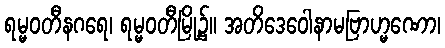
ရမ္မဝတီနဂရေ၊ ရမ္မဝတီမြို့၌။ အတိဒေဝေါနာမဗြာဟ္မဏော၊